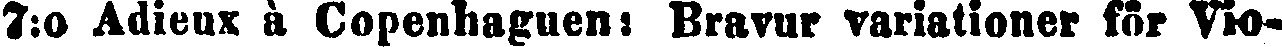
7:o Adieux à Copenhaguen: Bravur variationer för Vio-